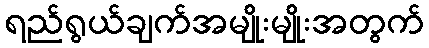
ရည်ရွယ်ချက်အမျိုးမျိုးအတွက်